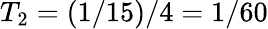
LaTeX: T_{2}=(1/15)/4=1/60